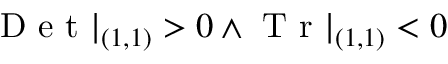
\mathrm { ~ D ~ e ~ t ~ } | _ { ( 1 , 1 ) } > 0 \land \mathrm { ~ T ~ r ~ } | _ { ( 1 , 1 ) } < 0